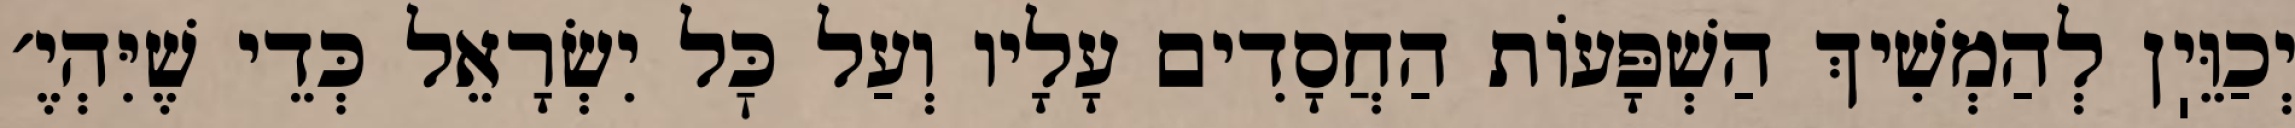
יְכַוֵּיֽן לְהַמְשִׁיךְ הַשְׁפָּעוֹת הַחֲסָדִים עָלָיו וְעַל כׇּל יִשְׂרָאֵל כְּדֵי שֶׁיִּהְיֶ׳